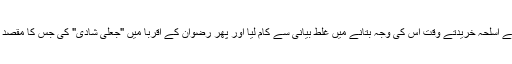
انریک مارخیز پر یہ الزام بھی ہے کہ اس نے اسلحہ خریدتے وقت اس کی وجہ بتانے میں غلط بیانی سے کام لیا اور پھر رضوان کے اقربا میں "جعلی شادی" کی جس کا مقصد ایک خاتون کو امریکہ میں داخل کروانا تھا۔